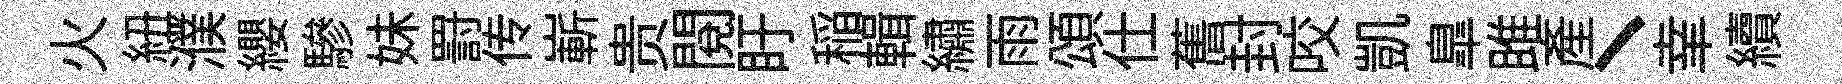
火紐濮纓驂妹罸传嶄贵閱盱稲輯繡雨頌仕𦾔封咬凱臯雎產丶𦍒續